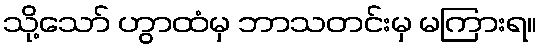
သို့သော် ဟွာထံမှ ဘာသတင်းမှ မကြားရ။